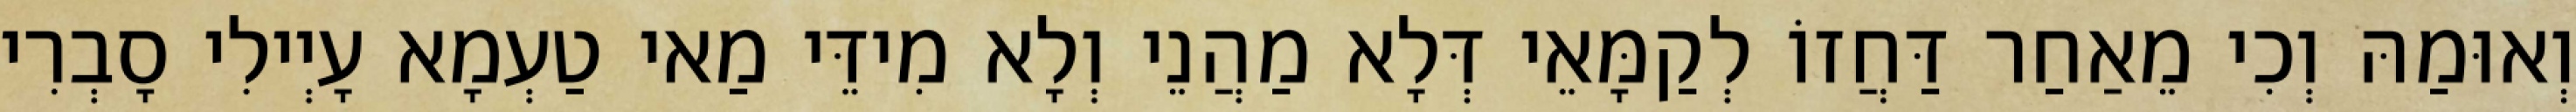
וְאוּמַהּ וְכִי מֵאַחַר דַּחֲזוֹ לְקַמָּאֵי דְּלָא מַהֲנֵי וְלָא מִידֵּי מַאי טַעְמָא עָיְילִי סָבְרִי